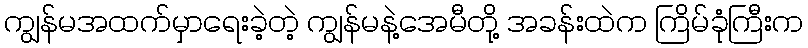
ကျွန်မအထက်မှာရေးခဲ့တဲ့ ကျွန်မနဲ့အေမီတို့ အခန်းထဲက ကြိမ်ခုံကြီးက